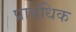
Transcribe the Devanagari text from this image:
प्राबंधिक